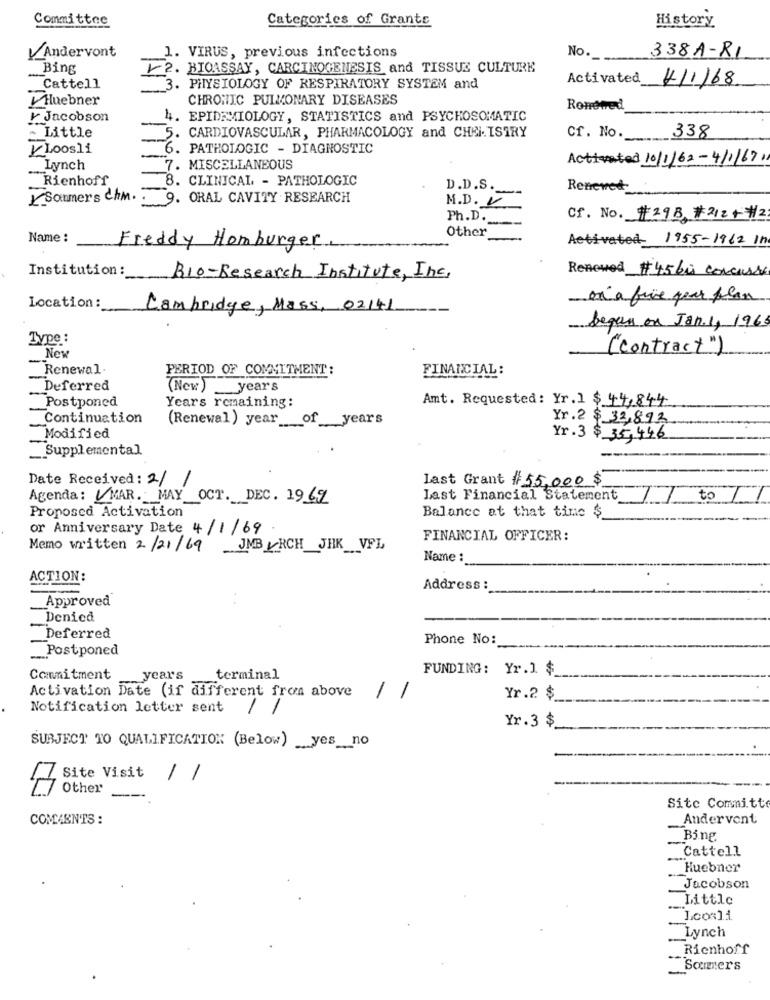
Committee
Categories of Grants
History
Andervont
No.
1. VIRUS, previous infections
338A-RI
Bing
2. BIOASSAY, CARCINOGENESIS and TISSUE CULTURE
Activated
14/1/68
Cattell
3. PHYSIOLOGY OF RESPIRATORY SYSTEM and
Huebner
CHRONIC PULMONARY DISEASES
Ronened
Jacobson
4. EPIDEMIOLOGY, STATISTICS and PSYCHOSOMATIC
- Little
5. CARDIOVASCULAR, PHARMACOLOGY and CHEI. ISTRY
Cf. No.
338
/Loosli
6. PATHOLOGIC - DIAGNOSTIC
Activated 10/1/62-4/1/671
Lynch
7. MISCELLANEOUS
Rienhoff
8. CLINICAL - PATHOLOGIC
D.D.S.
Renewed
Sommers Chm.
9. ORAL CAVITY RESEARCH
M.D. V
Ph.D.
Cf. No. #29B #212+#2:
Other
Name :
Activated- 1955-1962 In
Freddy Homburger.
Institution:
Bio-Research Institute, Inc.
Renewed # 45 60 concasse
ex a fine pur plan
Location:
Cambridge, Mass, 02141
began on Jan.1, 1965
Type :
(contract ")
New
Renewal.
PERIOD OF COMMITMENT:
FINANCIAL:
Deferred
(New) years
Postponed
Amt. Requested: Yr.] $ 44,844
Years remaining:
Continuation
(Renewal) year __ of __ years
Yr.2 $ 32,892
Modified
Yr.3 $ 35,446
Supplemental
Date Received: 2/ /
Last Grant $ 55,000 $
Agenda: MAR. MAY OCT. DEC. 1969
Last Financial Statement
Balance at that time $
Proposed Activation
or Anniversary Date 4/1/69
FINANCIAL OFFICER:
Memo written 2/21/69 JMB VRCH_JHK VFL
Name :
ACTION:
Address :
Approved
Denied
Deferred
Phone No:
„ .. Postponed
FUNDING: Yr.] $
Commitment
years
terminal
Activation Date (if different from above
1
Yr.2 $_
Notification letter sent
1
Yr.3 $
SUBJECT TO QUALIFICATION (Below) yes __ no
7 site Visit
1
7 Other
--
Site Committ
COMAENTS :
Andervont
Bing
Cattell
Huebner
Jacobson
Little
Loosli
Lynch
Rienhoff
Sommers